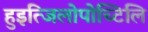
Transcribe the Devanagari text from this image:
हुइत्जिलोपोच्टिलि